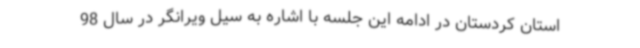
استان کردستان در ادامه این جلسه با اشاره به سیل ویرانگر در سال 98